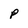
Character: p